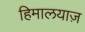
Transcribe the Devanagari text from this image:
हिमालयाज़